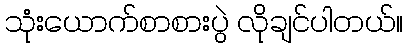
သုံးယောက်စာစားပွဲ လိုချင်ပါတယ်။